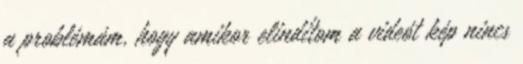
a problémám, hogy amikor elindítom a videót kép nincs